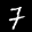
Label: 7